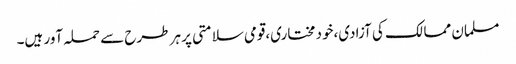
مسلمان ممالک کی آزادی،خود مختاری،قومی سلامتی پر ہر طرح سے حملہ آور ہیں۔